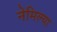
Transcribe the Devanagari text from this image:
नेमिल्या